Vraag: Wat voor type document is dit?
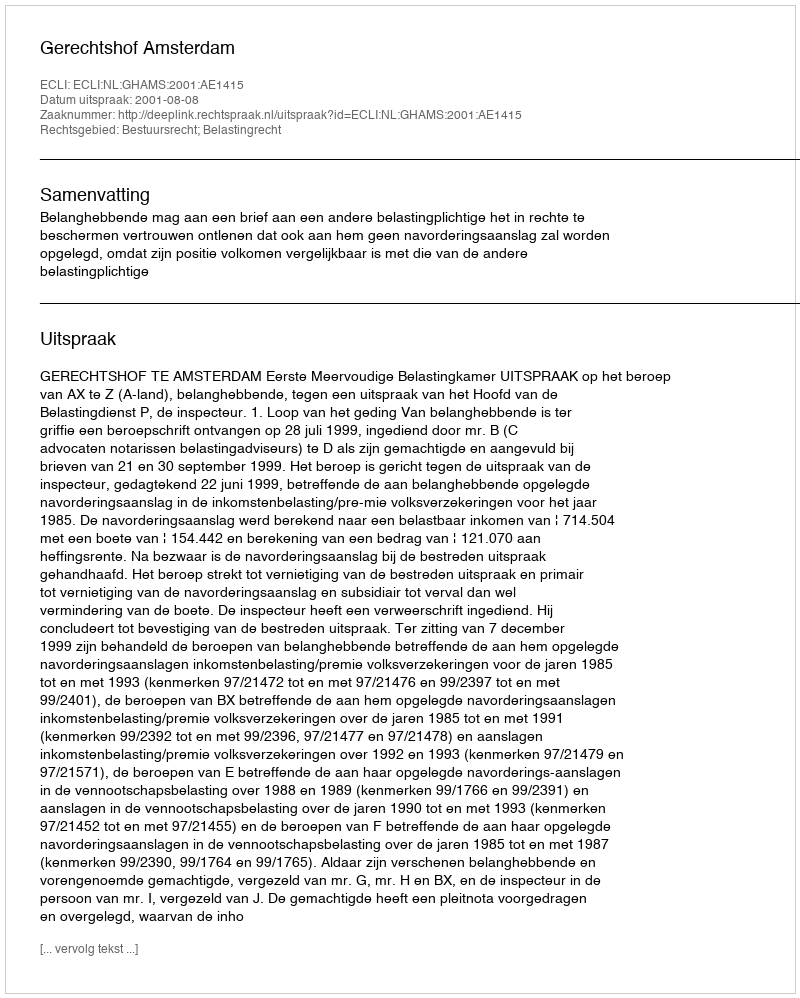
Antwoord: Uitspraak